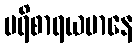
ပရိစာရယမာနေ